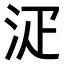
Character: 𣳟